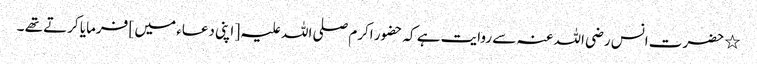
٭ حضرت انس رضی اللہ عنہ سے روایت ہے کہ حضور اکرم صلی اللہ علیہ [ اپنی دعاء میں ] فرمایا کرتے تھے ۔